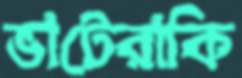
ভাটেরাকি